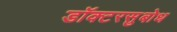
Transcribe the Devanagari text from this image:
डॉक्टरसुबोध